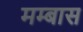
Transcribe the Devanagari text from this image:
मम्बास